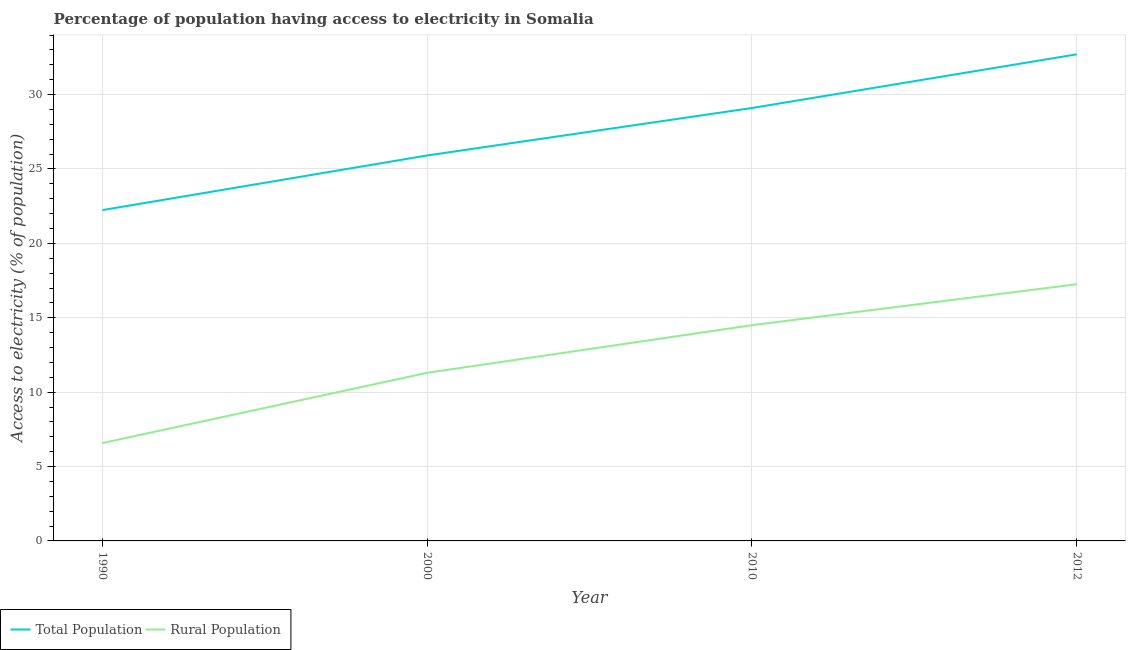
| Year | Total Population | Rural Population |
 | --- | --- | --- |
 | 1990 | 22.2 | 6.58 |
 | 2000 | 25.9 | 11.3 |
 | 2010 | 29.1 | 14.5 |
 | 2012 | 32.7 | 17.3 |